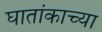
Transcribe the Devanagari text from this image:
घातांकाच्या